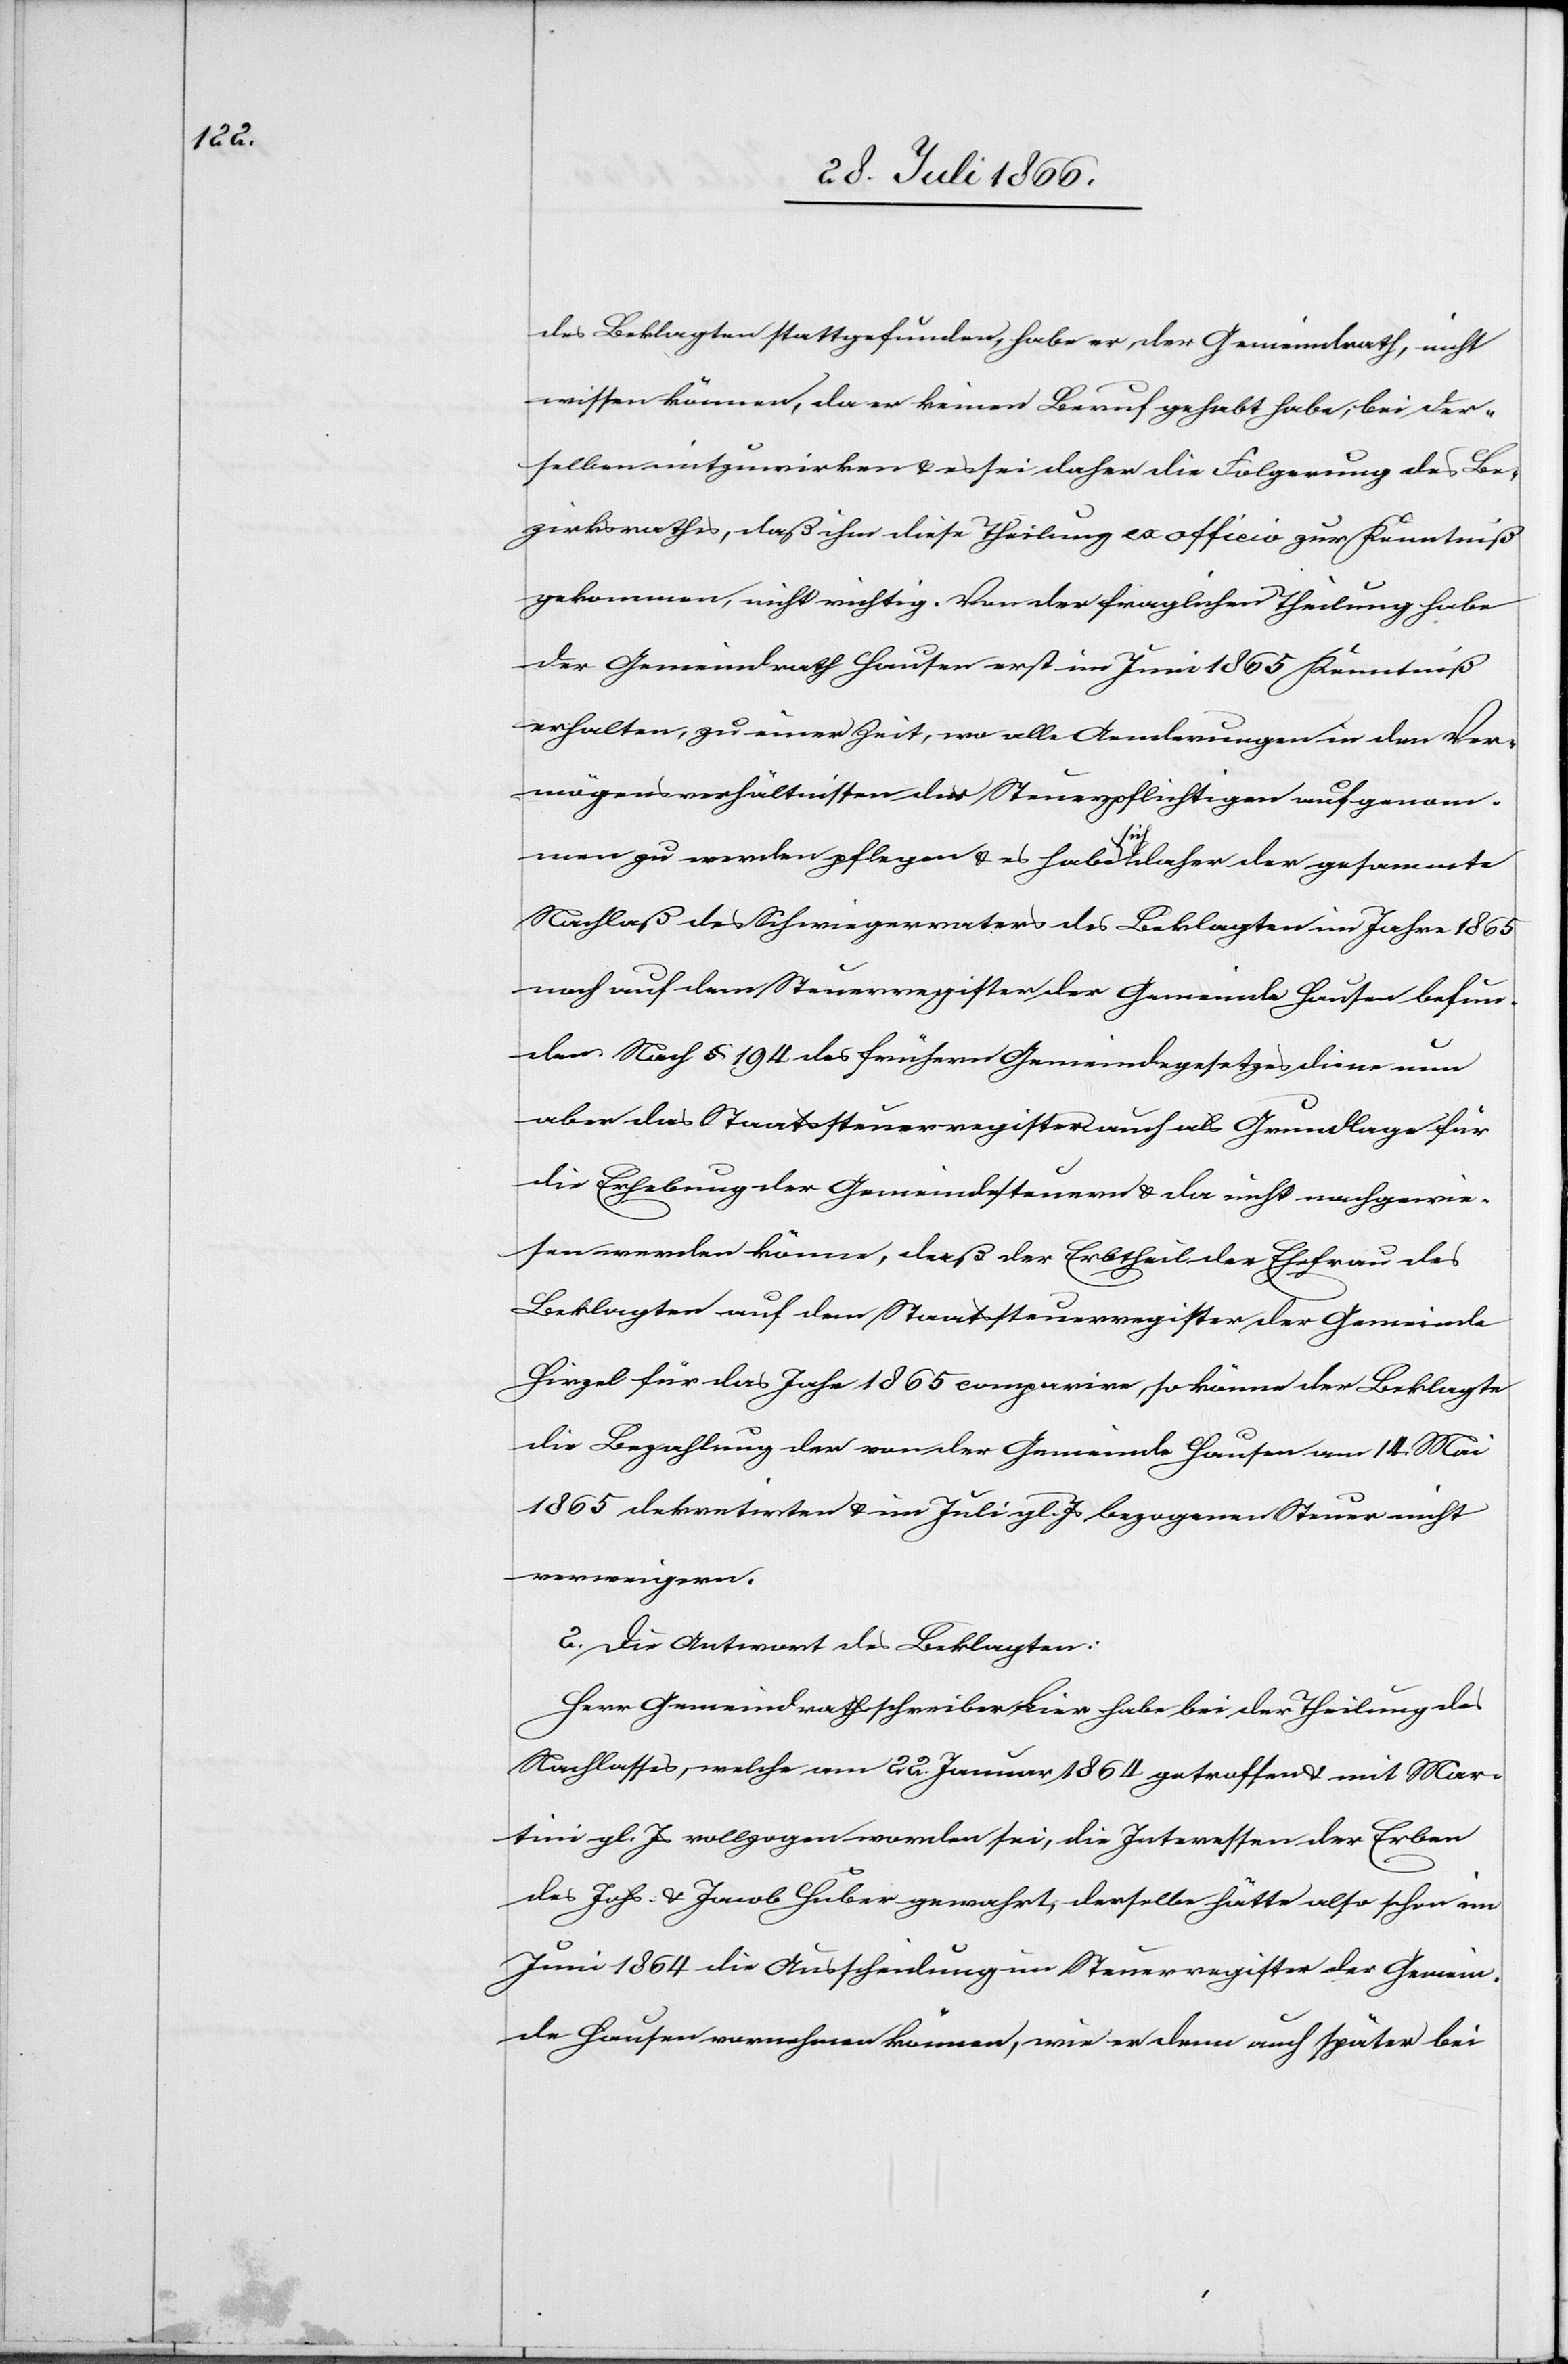
des Beklagten stattgefunden, habe er, der Gemeindrath, nicht
wissen können, da er keinen Beruf gehabt habe, bei der¬
selben mitzuwirken u. es sei daher die Folgerung des Be¬
zirksrathes, daß ihm diese Theilung ex officia zur Kenntniß
gekommen, nicht richtig. Von der fraglichen Theilung habe
der Gemeindrath Hausen erst im Juni 1865 Kenntniß
erhalten, zu einer Zeit, wo alle Anordnungen in den Ver¬
mögensverhältnissen der Steuerpflichtigen aufgenom¬
men zu werden pflegen u. es habe sich daher der gesammte
Nachlaß des Schwiegervaters des Beklagten im Jahre 1865
noch auf dem Steuerregister der Gemeinde Hausen befun¬
den. Nach § 194 des frühern Gemeindegesetzes diene nun
aber das Staatsteuerregister auch als Grundlage für
die Erhebung der Gemeindesteuern u. da nicht nachgewie¬
sen werden könne, daß der Erbtheil der Ehefrau des
Beklagten auf dem Staatssteuerregister der Gemeinde
Hirzel für das Jahr 1865 comparire, so könne der Beklagte
die Bezahlung der von der Gemeinde Hausen am 14. Mai
1865 dekretirten u. im Juli gl. Js. bezogenen Steuer nicht
verweigern.
2. Die Antwort des Beklagten:
Herr Gemeindrathschreiber Bier habe bei der Theilung des
Nachlasses, welche am 22. Januar 1864 getroffen u. mit Mar¬
tini gl. Js. vollzogen worden sei, die Interessen der Erben
des Johs. u. Jacob Huber gewahrt, derselbe hätte also schon im
Juni 1864 die Ausscheidung im Steuerregister der Gemein¬
de Hausen vornehmen können, wie er denn auch später bei